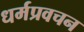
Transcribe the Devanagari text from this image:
धर्मप्रवचन